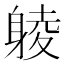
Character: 𨉞